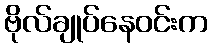
ဗိုလ်ချုပ်နေဝင်းက